Vaccination in Bombay 1889-1901 - 1889-1901
Year: 1889
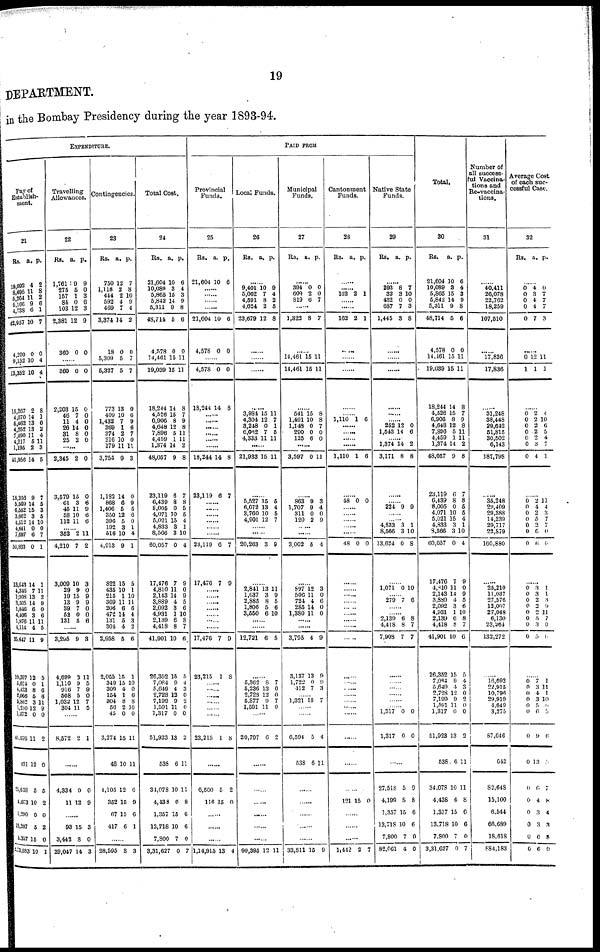
19
DEPARTMENT.
in the Bombay Presidency during the year 1893-94.
EXPENDITURE.
Pay of
Establish-
ment.
21
Rs.
19,092
8,695
5,264
6,166
4,738
43,957
4,200
9,152
13,352
15,267
4,070
6,462
4 252
7,490
4,217
1,195
41,956
18,356
5,509
6,552
3,062
4,512
4,641
7,697
50,933
13,643
4,345
1,908
3,505
1,846
4,406
1,876
4,114
33,647
19,597
5,624
4,423
2,066
5,862
1,230
1,272
46,076
401
25,638
4,073
1,290
13,207
4,357
2,73,983
a.
4
11
11
9
6
10
0
10
10
2
14
13
13
11
5
2
14
9
14
15
3
14
0
6
0
14
7
13
14
6
3
11
4
11
12
0
8
5
3
12
0
11
12
5
10
0
5
15
10
p.
2
8
2
6
1
7
0
4
4
8
1
0
2
4
11
3
5
7
5
3
5
10
0
7
1
1
11
2
9
0
6
11
5
9
5
1
6
6
11
9
0
2
0
5
2
0
2
0
1
Travelling
Allowances.
22
Rs.
1,761
275
167
84
103
2,381
360
a.
9
5
1
0
12
12
0
p.
9
0
3
0
3
9
0
......
860
2,203
46
11
26
31
26
0
15
7
4
14
8
2
0
0
0 0
0
0
0
2,345
3,579
61
45
58
112
2
15
3
11
10
11
0
0
6
9
6
6
...... 352
4,210
3,009
29
19
13
39
52
131
2
7
10
9
15
9 7
0
5
11
2
3
0
0
9
0
0
6
......
3,295
4,699
1,110
916
508
1,032
304
9
3
9
7
5
12
11
3
11
5
9
0
7
5
......
8,572 2 1
......
4,334
11
9
12
0
9
......
93
3,442
29,047
15
8
14
3
0
3
Contingencies.
23
Rs.
750
1,118
444
592
469
3,374
18
5,309
5,327
773
409
1,432
369
374
216
179
3,755
1,182
868
1,406
350
396
192
516
4,913
822
435
215
369
206
472
131
304
2,958
2,065
349
309
154
304
56
45
3,274
40
4,105
352
67
417
a.
12
2
2
4
7
14
0
5
5
13
10
7
1
2
10
11
9
14
6
5
12
5
3
10
9
15
10
1
11
6
14
5
4
5
15
15
4
1
8
2
0
15
10
12
15
15
6
p.
7
8
10
9
4
2
0
7
7
0
6
9
6
7
0
11
3
0
9
5
6
0
1
4
1
5
1
10
11
6
4
3
2
6
1
10
0
6
8
10
0
11
11
6
9
6
1
......
28,595 8 3
Total Cost.
24
Rs.
21,604
10,089
5,865
5,842
5,311
48,714
4,578
14,461
19,039
18,244
4,526
6,906
4,648
7,896
4,459
1,374
48,057
23,119
6,439
8,005
4,071
5,021
4,833
8,566
60,057
17,476
4,810
2,143
3,889
2,092
4,931
2,139
4,418
41,901
26,352
7,084
5,649
2,728
7,199
1,591
1,317
51,923
538
34,078
4,438
1,357
13,718
7,800
3,31,627
a.
10
3
15
14
9
5
0
15
15
14
15
8
12
5
1
14
9
6
8
0
10
15
3
3
0
7
11
14
4
3
1
6
8
10
15
9
4
12
9
11
0
13
6
10
6
15
10
7
0
p.
6
4
3
9
8
6
0
11
11
8
7
9
8
11
11
2
8
7
8
5
5
4
1
10
4
9
0
9
5
6
10
8
7
6
5
4
3
0
2
0
0
2
11
11
8
6
6
0
7
PAID FROM
Provincial
Funds.
25
Rs.
21,604
a.
10
p.
6
......
......
......
......
21,604
4,578
10
0
6
0
......
4,578
18,244
0
14
0
8
......
......
......
......
......
......
18,244
23,119
14
6
8
7
......
......
......
......
......
......
23,119
17,476
6
7
7
9
......
......
......
......
......
......
......
17,476
23,215
7
1
9
8
......
......
......
......
......
......
23,215 1 8
......
6,560
116
5
15
2
0
......
......
......
1,14,915 13 4
Local Funds.
26
Rs. a. p.
......
9,401
5,062
4,591
4,624
23,679
10
7
8
2
12
9
4
2
5
8
......
......
......
......
3,984
4,304
3,248
6,062
4,333
15
12
0
7
11
11
7
1
5
11
......
21,933 15 11
......
5,527
6,072
3,760
4,901
15
13
10
12
5
4
5
7
......
......
20,263 3 9
......
2,841
1,637
2,885
1,806
3,550
13
3
8
5
6
11
9
5
6
10
......
......
12,721 6 5
......
5,362
5,236
2,728
5,877
1,591
8
13
12
9
11
7
0
0 7
0
......
20,797 6 2
......
......
......
......
......
......
99,395 12 11
Municipal
Funds.
27
Rs. a. p.
......
394
609
819
0
2
6
0
0
7
......
1,822 8 7
......
14,461
14,461
15
15
11
11
......
541
1,491
1,148
290
125
15
10
0
0
6
8
8
7
0
0
......
3,597 0 11
......
863
1,707
311
120
9
9
0
2
3
4
0
9
.
......
3,002 5 4
......
897
506
724
285
1,380
12
11
4
14
11
3
0
6
0
0
......
......
3,795
3,137
1,722
412
4
13
0
7
9
9
9
3
...... 1,321 15 7
......
......
6,594
538
5
6
4
11
......
......
......
......
......
33,811 15 9
Cantonment
Funds.
28
Rs. a. p.
......
...... 162 2 1
......
......
162 2 1
......
......
......
......
...... 1,110 1 6
......
......
......
......
1,110 1 6
......
48 0 0
......
......
......
......
......
48 0 0
......
......
......
......
......
......
......
......
......
......
...... ......
......
......
......
......
......
......
......
121 15 0
......
......
......
1,442 2 7
Native State
Funds.
29
Rs. a. p.
......
293
32
432
687
1,445
8
3
0
7
3
7
10
0
3
8
......
......
......
......
......
...... 252
1,543
12
14
0
6
...... 1,374
3,171
14
8
2
8
......
...... 224 9 9
......
...... 4,833
8,566
13,624
3
3
0
1
10
8
......
1,071 0 10
...... 279 7 6
......
...... 2,139
4,418
7,908
6
8
7
8
7
7
......
......
......
......
......
...... 1,317
1,317
0
0
0
0
......
27,518
4,199
1,357
13,718
7,800
82,061
5
8
15
10
7
4
0
8
6
6
0
0
Total.
30
Rs.
21,604
10,089
5,865
6,842
5,311
48,714
4,578
14,461
19,039
18,244
4,526
6,906
4,648
7,896
4,459
1,374
48,057
23,119
6,439
8,005
4,071
5,021
4,833
8,566
60,057
17,476
4,810
2,143
3,889
2,092
4,031
2,139
4,418
41,901
26,352
7,084
5,649
2,728
7,199
1,591
1,317
51,923
538
34,078
4,438
1,357
13,718
7,800
3,31,027
a.
10
3
15
14
9
5
0
15
15
14
15
8
12
5
1
14
9
6
8
0
10
15
3
3
0
7
11
14
4
3
1
6
8
10
15
9
4
12
9
11
0
13
6
10
6
15
10
7
0
p.
6
4
3
9
8
6
0
11
11
8
7
9
8
11
11
2
8
7
8
5
5
4
1
10
4
9
0
9
5
6
10
8
7
6
5
4
3
0
2
0
0
2
11
11
8
6
6
0
7
Number of
all success-
ful Vaccina-
tions and
Re-vaccina-
tions.
31
......
40,411
26,078
...... 18,259
107,510
......
17,836
17,836
......
31,248
38,448
......
......
30,502
6,143
187,798
......
35,248
29,409
29,388
14,239
29,717
22,879
160,880
......
25,210
11,037
27,576
12,007
27,048
6,130
23,364
132,272
......
16,092
22,915
10,796
29,919
4,649
3,275
87,646
642
82,648
15,100
6,544
66,689
18,618
884,183
Average Cost
of each suc-
cessful Case.
32
Rs. a. p.
......
0
0
0
0
0
4
3
4
4
7
0
7
7
7
3
......
0
1
12
1
11
1
......
0
0
0
0
0
0
0
2 2
2
2
2
3
4
4
10
6
5
4
7
1
......
0
0
0
0
0
0
0
2
4
2 5
2 6
6
11
4
3 7
7
0
0
......
0
0
0
0
0
0
0
0
3
3
2
2
2
5
3
5
1
1
3
9
11
7
0
6
......
0
0 0
0
0
0
0
0
0
0
0
0
0
0
7
3
4
3
5
6
9
13
6
4
3
3
6
6
1
11
1
10 0
5
6
5
7
8
4
3
8
0